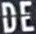
DE